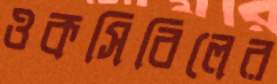
ওকসিবিলের